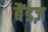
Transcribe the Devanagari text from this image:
बैंडज़